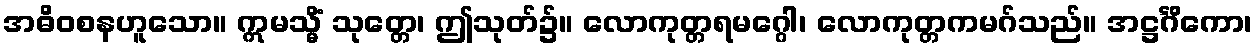
အဓိဝစနဟူသော။ ဣမသ္မိံ သုတ္တေ၊ ဤသုတ်၌။ လောကုတ္တရမဂ္ဂေါ၊ လောကုတ္တကမဂ်သည်။ အဋ္ဌင်္ဂိကော၊